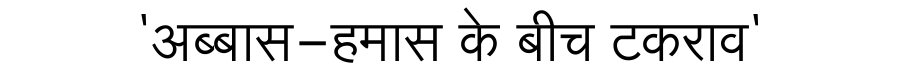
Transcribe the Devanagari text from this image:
'अब्बास-हमास के बीच टकराव'